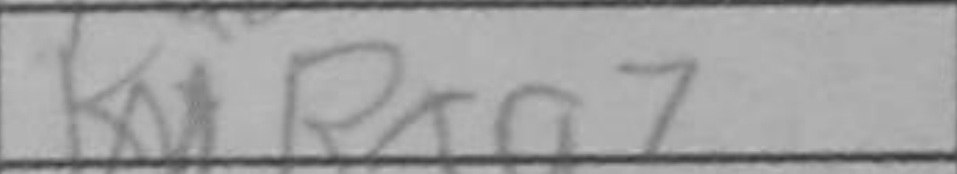
Transcription: Rxa7